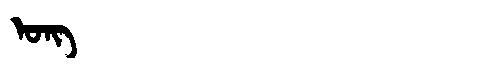
Manchu: ᠣᠩ
Romanization: ONG